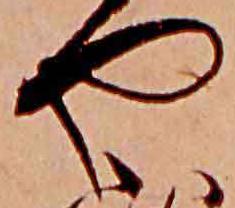
や